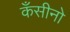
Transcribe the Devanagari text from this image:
कँसीनो